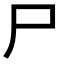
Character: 尸